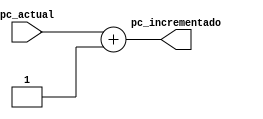
`timescale 1ns / 1ps
//////////////////////////////////////////////////////////////////////////////////
// Company: 
// Engineer: 
// 
// Design Name: 
// Module Name:    sumador 
// Project Name: 
// Target Devices: 
// Tool versions: 
// Description: 
//
// Dependencies: 
//
// Revision: 
// Revision 0.01 - File Created
// Additional Comments: 
//	El sumador suma de a 1 porque la memoria es de 32b en vez de de 8, si la cambiamos
//	tiene que sumar de a 4
//////////////////////////////////////////////////////////////////////////////////
module sumador(
    input [10:0] pc_actual,
    output [10:0] pc_incrementado
    );
	 
	 reg [11:0] pc_aux = 0;
	 
	 always@(*)
	 begin
		 pc_aux = pc_actual + 1;
	 end
	 
	 assign pc_incrementado = pc_aux[10:0];

endmodule